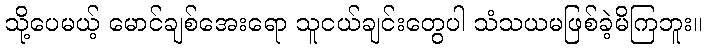
သို့ပေမယ့် မောင်ချစ်အေးရော သူငယ်ချင်းတွေပါ သံသယမဖြစ်ခဲ့မိကြဘူး။